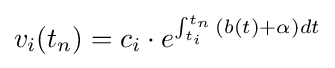
v_{i}(t_{n})=c_{i}\cdot e^{\int _{t_{i}}^{t_{n}}{(b(t)+\alpha )dt}}